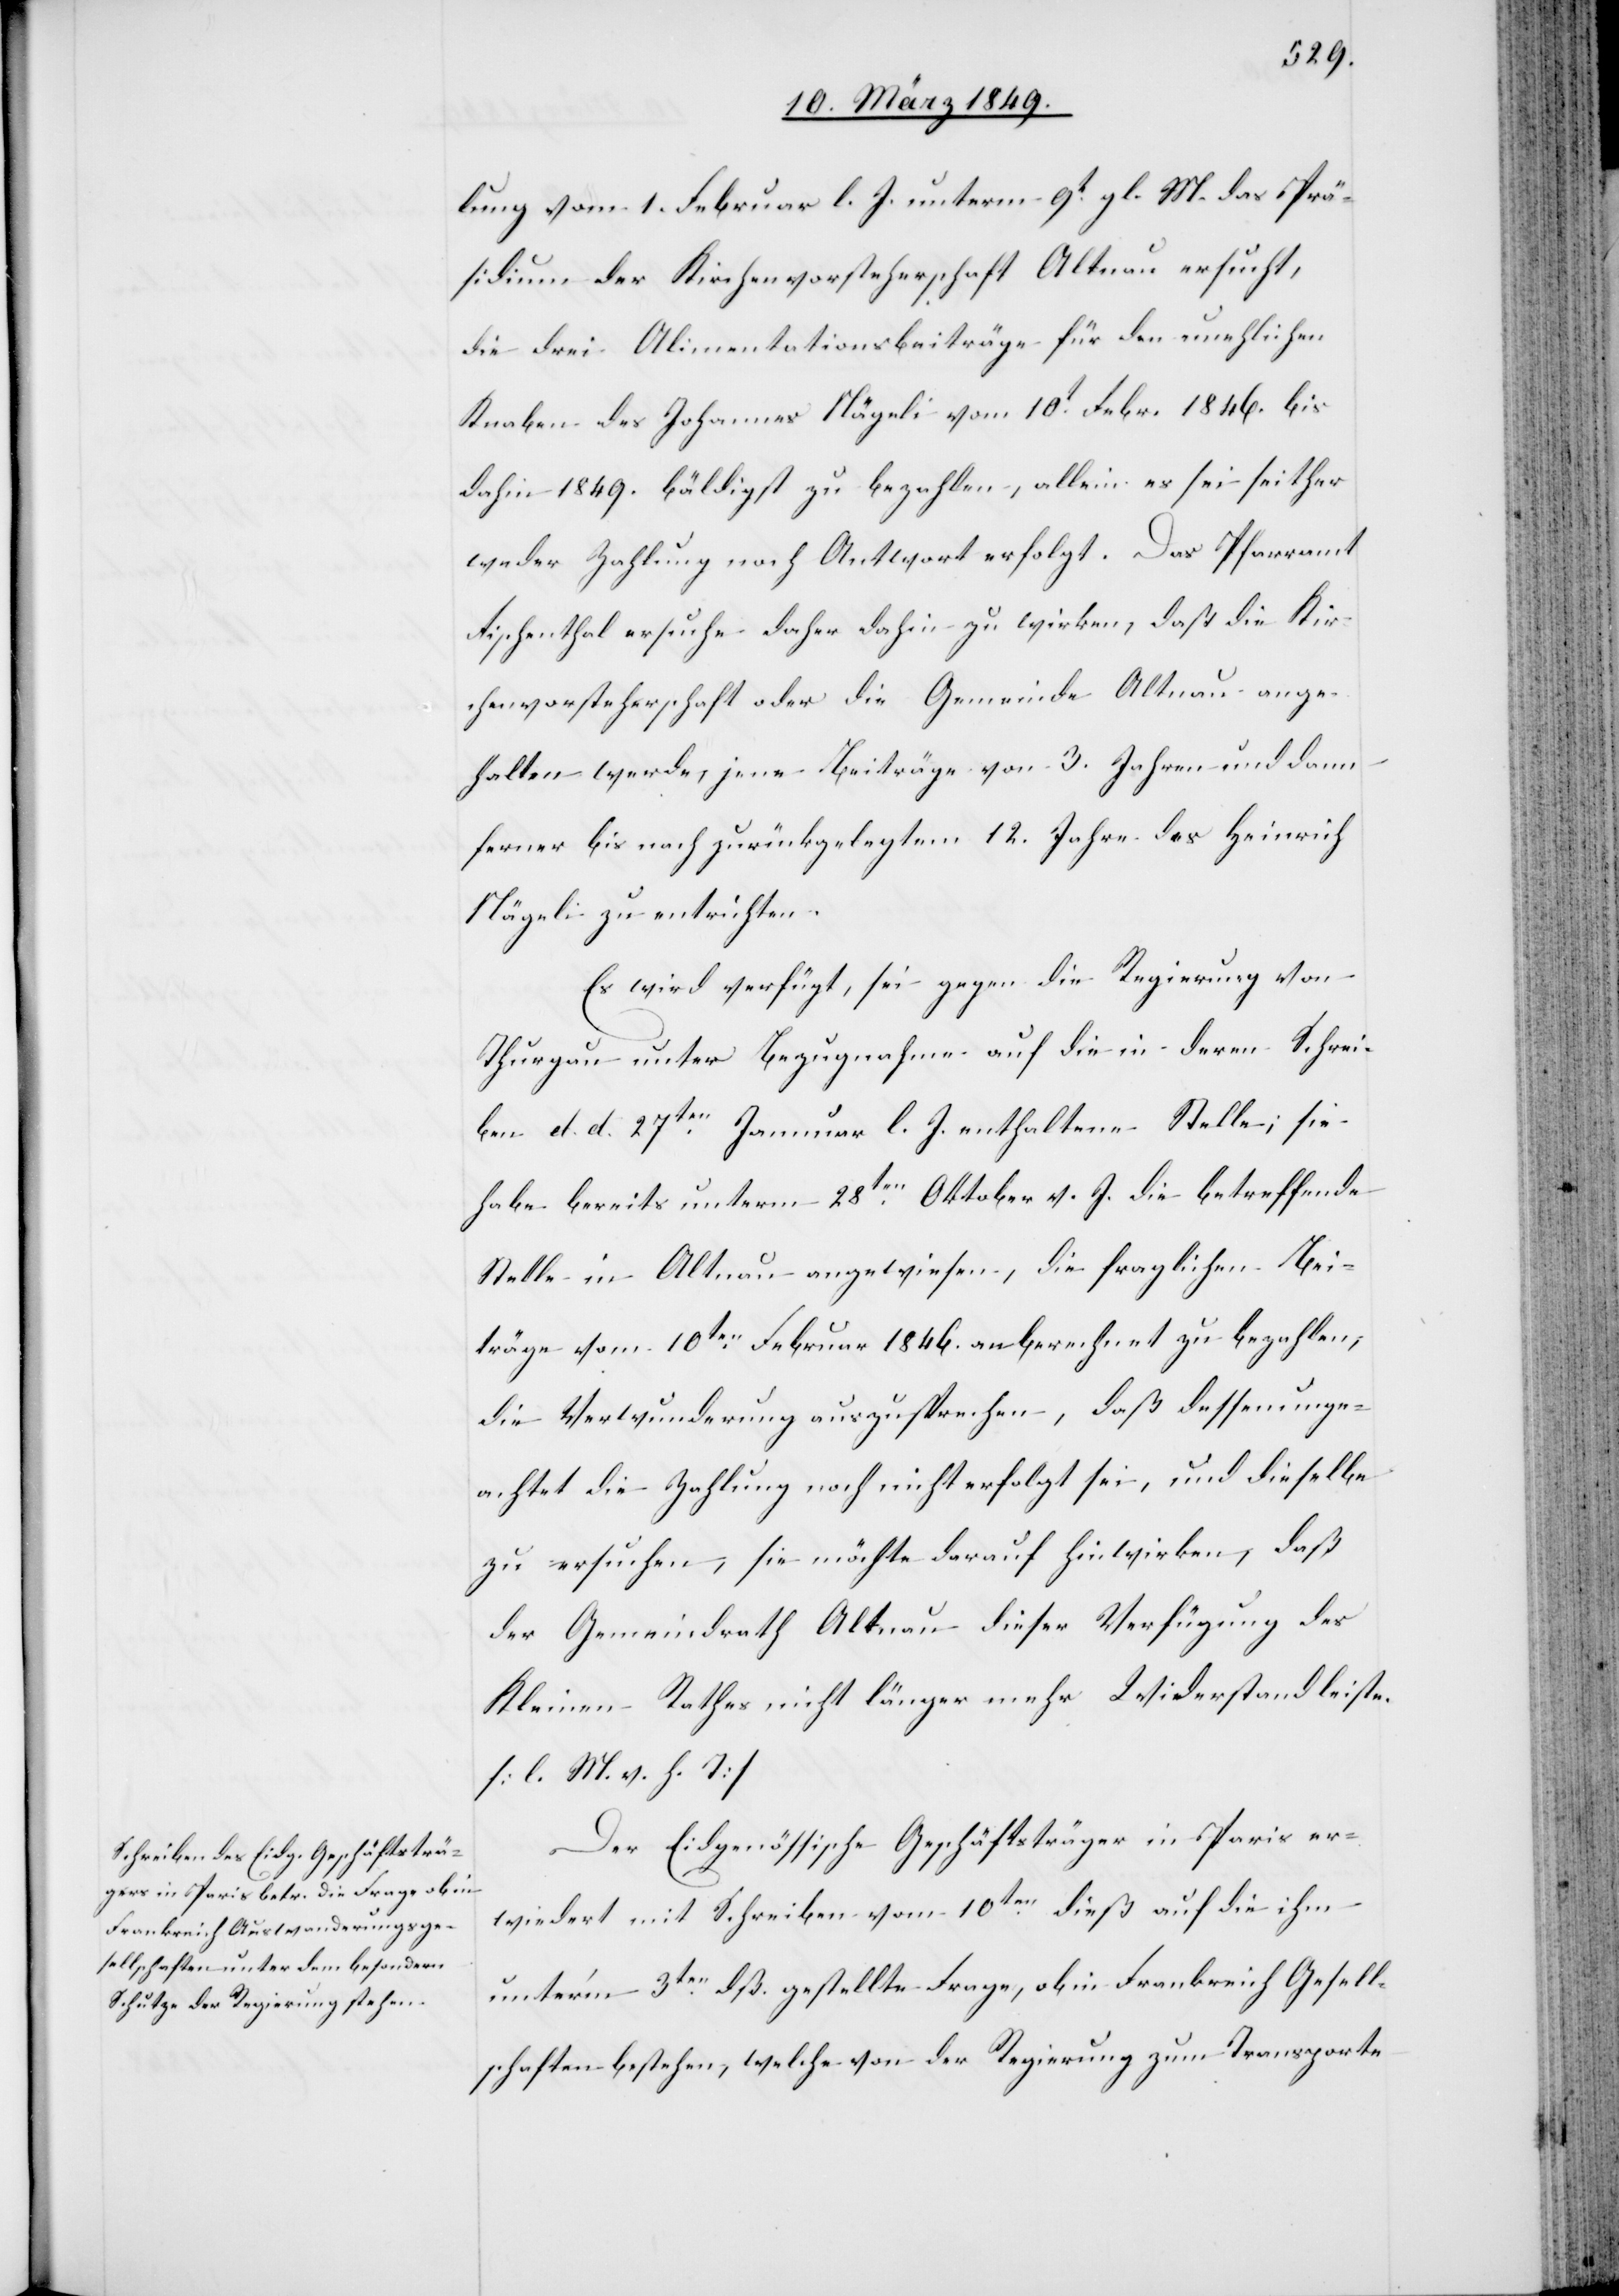
15. März 1849.]
lung vom 1. Februar l. J. unterm 9t. gl. M. das Prä¬
sidium der Kirchenvorsteherschaft Altnau ersucht,
die drei Alimentationsbeiträge für den unehlichen
Knaben des Johannes Nägeli vom 10t. Febr. 1846. bis
dahin 1849. bäldigst zu bezahlen, allein es sei seither
weder Zahlung noch Antwort erfolgt. Das Pfarramt
Fischenthal ersuche daher dahin zu wirken, daß die Kir¬
chenvorsteherschaft oder die Gemeinde Altnau ange¬
halten werde, jene Beiträge von 3. Jahren und dann
ferner bis nach zurückgelegtem 12. Jahre des Heinrich
Nägeli zu entrichten.
Es wird verfügt, sei gegen die Regierung von
Thurgau unter Bezugnahme auf die in deren Schrei¬
ben d. d. 27ten. Januar l. J. enthaltene Stelle; sie
habe bereits unterm 18ten. Oktober v. J. die betreffende
Stelle in Altnau angewiesen, die fraglichen Bei¬
träge vom 10ten. Februar 1846. an berechnet zu bezahlen;
die Verwunderung auszusprechen, daß dessen unge¬
achtet die Zahlung noch nicht erfolgt sei, und dieselbe
zu ersuchen, sie möchte darauf hinwirken, daß
der Gemeindrath Altnau dieser Verfügung des
Kleinen Rathes nicht länger mehr Widerstand leiste.
[l. M. v. h. T]
Der Eidgenössische Geschäftsträger in Paris er¬
wiedert mit Schreiben vom 10ten. dieß auf die ihm
unter’m 3ten. dß. gestellte Frage, ob in Frankreich Gesell¬
schaften bestehen, welche von der Regierung zum Transporte